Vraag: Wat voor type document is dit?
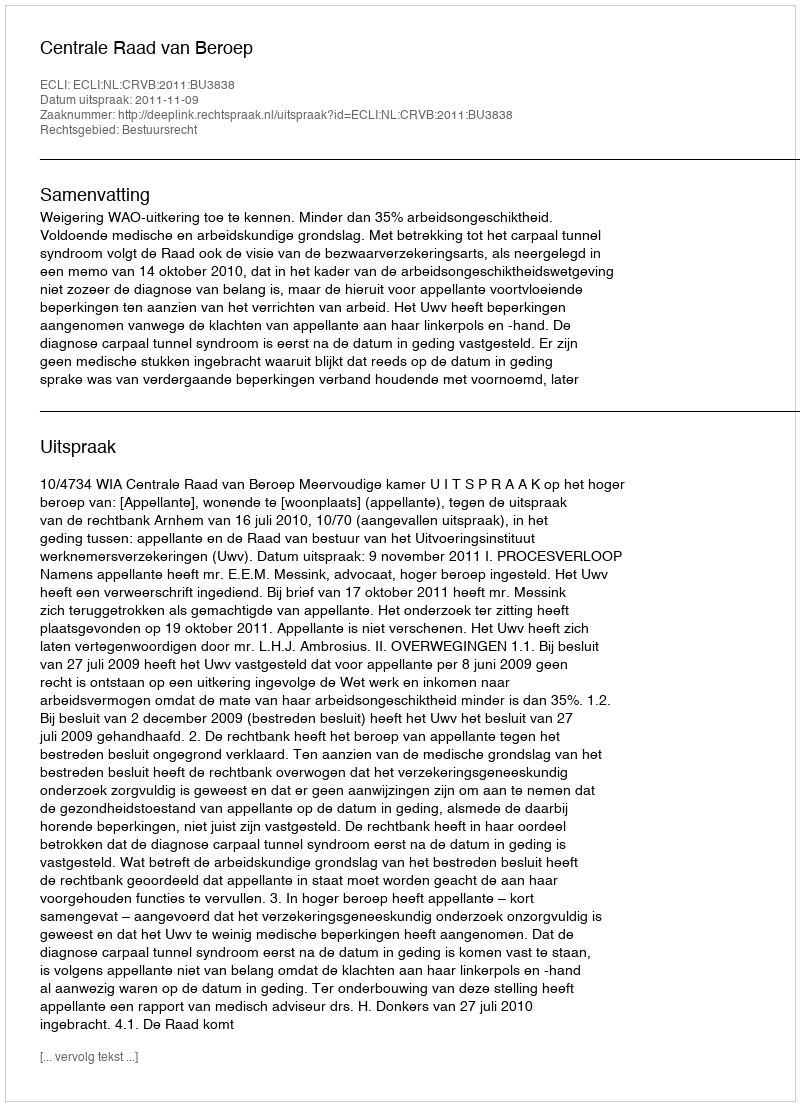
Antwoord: Uitspraak